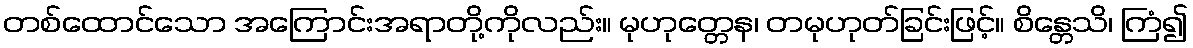
တစ်ထောင်သော အကြောင်းအရာတို့ကိုလည်း။ မုဟုတ္တေန၊ တမုဟုတ်ခြင်းဖြင့်။ စိန္တေသိ၊ ကြံ၍